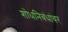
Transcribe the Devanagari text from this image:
शोधनिबंधांवर